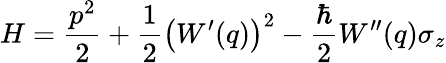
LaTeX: H=\frac{p^{2}}{2}+\frac{1}{2}\left(W^{\prime}(q)\right)^{2}-\frac{\hbar}{2}W^{\prime\prime}(q)\sigma_{z}